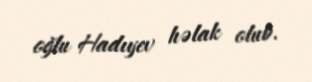
oğlu Hadıyev həlak olub.